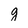
Character: g